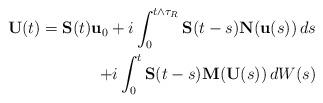
LaTeX: \begin{align*} \mathbf U(t) = \mathbf S(t) \mathbf u_0 + i \int_0^{t \wedge \tau_R} \mathbf S(t-s) \mathbf N(\mathbf u(s)) \, ds \\ + i \int_0^t \mathbf S(t-s) \mathbf M(\mathbf U(s)) \, dW(s)\end{align*}